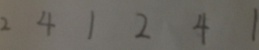
2 4 1 2 4 1